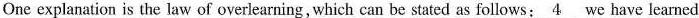
One explanation is the law of overlearning,which can be stated as follows:\underline{4}we have learned